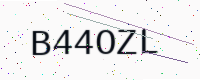
Text: B44OZL